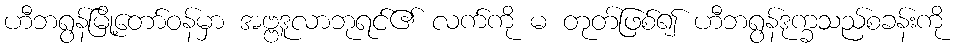
ဟီဘရွန်မြို့တော်ဝန်မှာ အဗ္ဗဒူလာဘုရင်၏ လက်ကို မ တုတ်ဖြစ်၍ ဟီဘရွန်ဒုက္ခသည်စခန်းကို